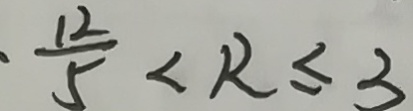
\cdot \frac { 1 2 } { 5 } < R \leq 3